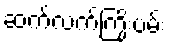
ဆက်လက်ကြိုးပမ်း